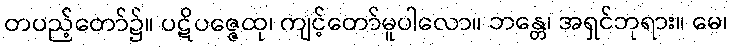
တပည့်တော်၌။ ပဋိပဇ္ဇေထု၊ ကျင့်တော်မူပါလော။ ဘန္တေ၊ အရှင်ဘုရား။ မေ၊